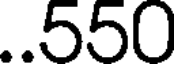
..550